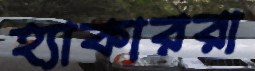
হ্যাকাররা